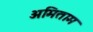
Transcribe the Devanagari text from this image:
अमिताम